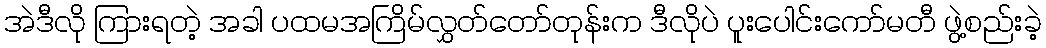
အဲဒီလို ကြားရတဲ့ အခါ ပထမအကြိမ်လွှတ်တော်တုန်းက ဒီလိုပဲ ပူးပေါင်းကော်မတီ ဖွဲ့စည်းခဲ့